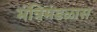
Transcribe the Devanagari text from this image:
मंत्रिमंडळास